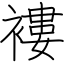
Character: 褸